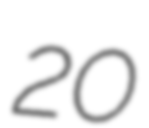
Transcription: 20